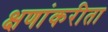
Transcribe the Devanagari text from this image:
क्षणांकरीता